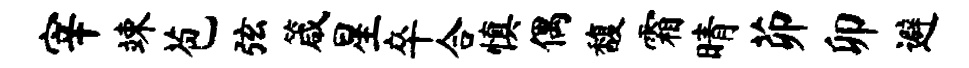
宰竦苞弦箴星卒合慎偶馥霜晴茆卯避